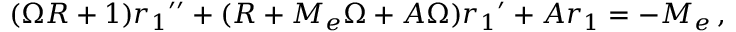
( \Omega { \cal R } + 1 ) { r _ { 1 } } ^ { \prime \prime } + ( { \cal R } + { \cal M } _ { e } \Omega + { \cal A } \Omega ) { r _ { 1 } } ^ { \prime } + { \cal A } r _ { 1 } = - { \cal M } _ { e } \, ,